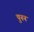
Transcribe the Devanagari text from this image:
पुनन